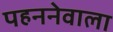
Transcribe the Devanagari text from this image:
पहननेवाला